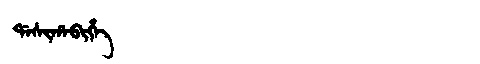
Manchu: ᡩᠠᠰᡳᡥᠠᠪᡳᡥᡝ
Romanization: DASIHABIHE